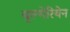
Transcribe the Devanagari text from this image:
बुल्गेरियेन